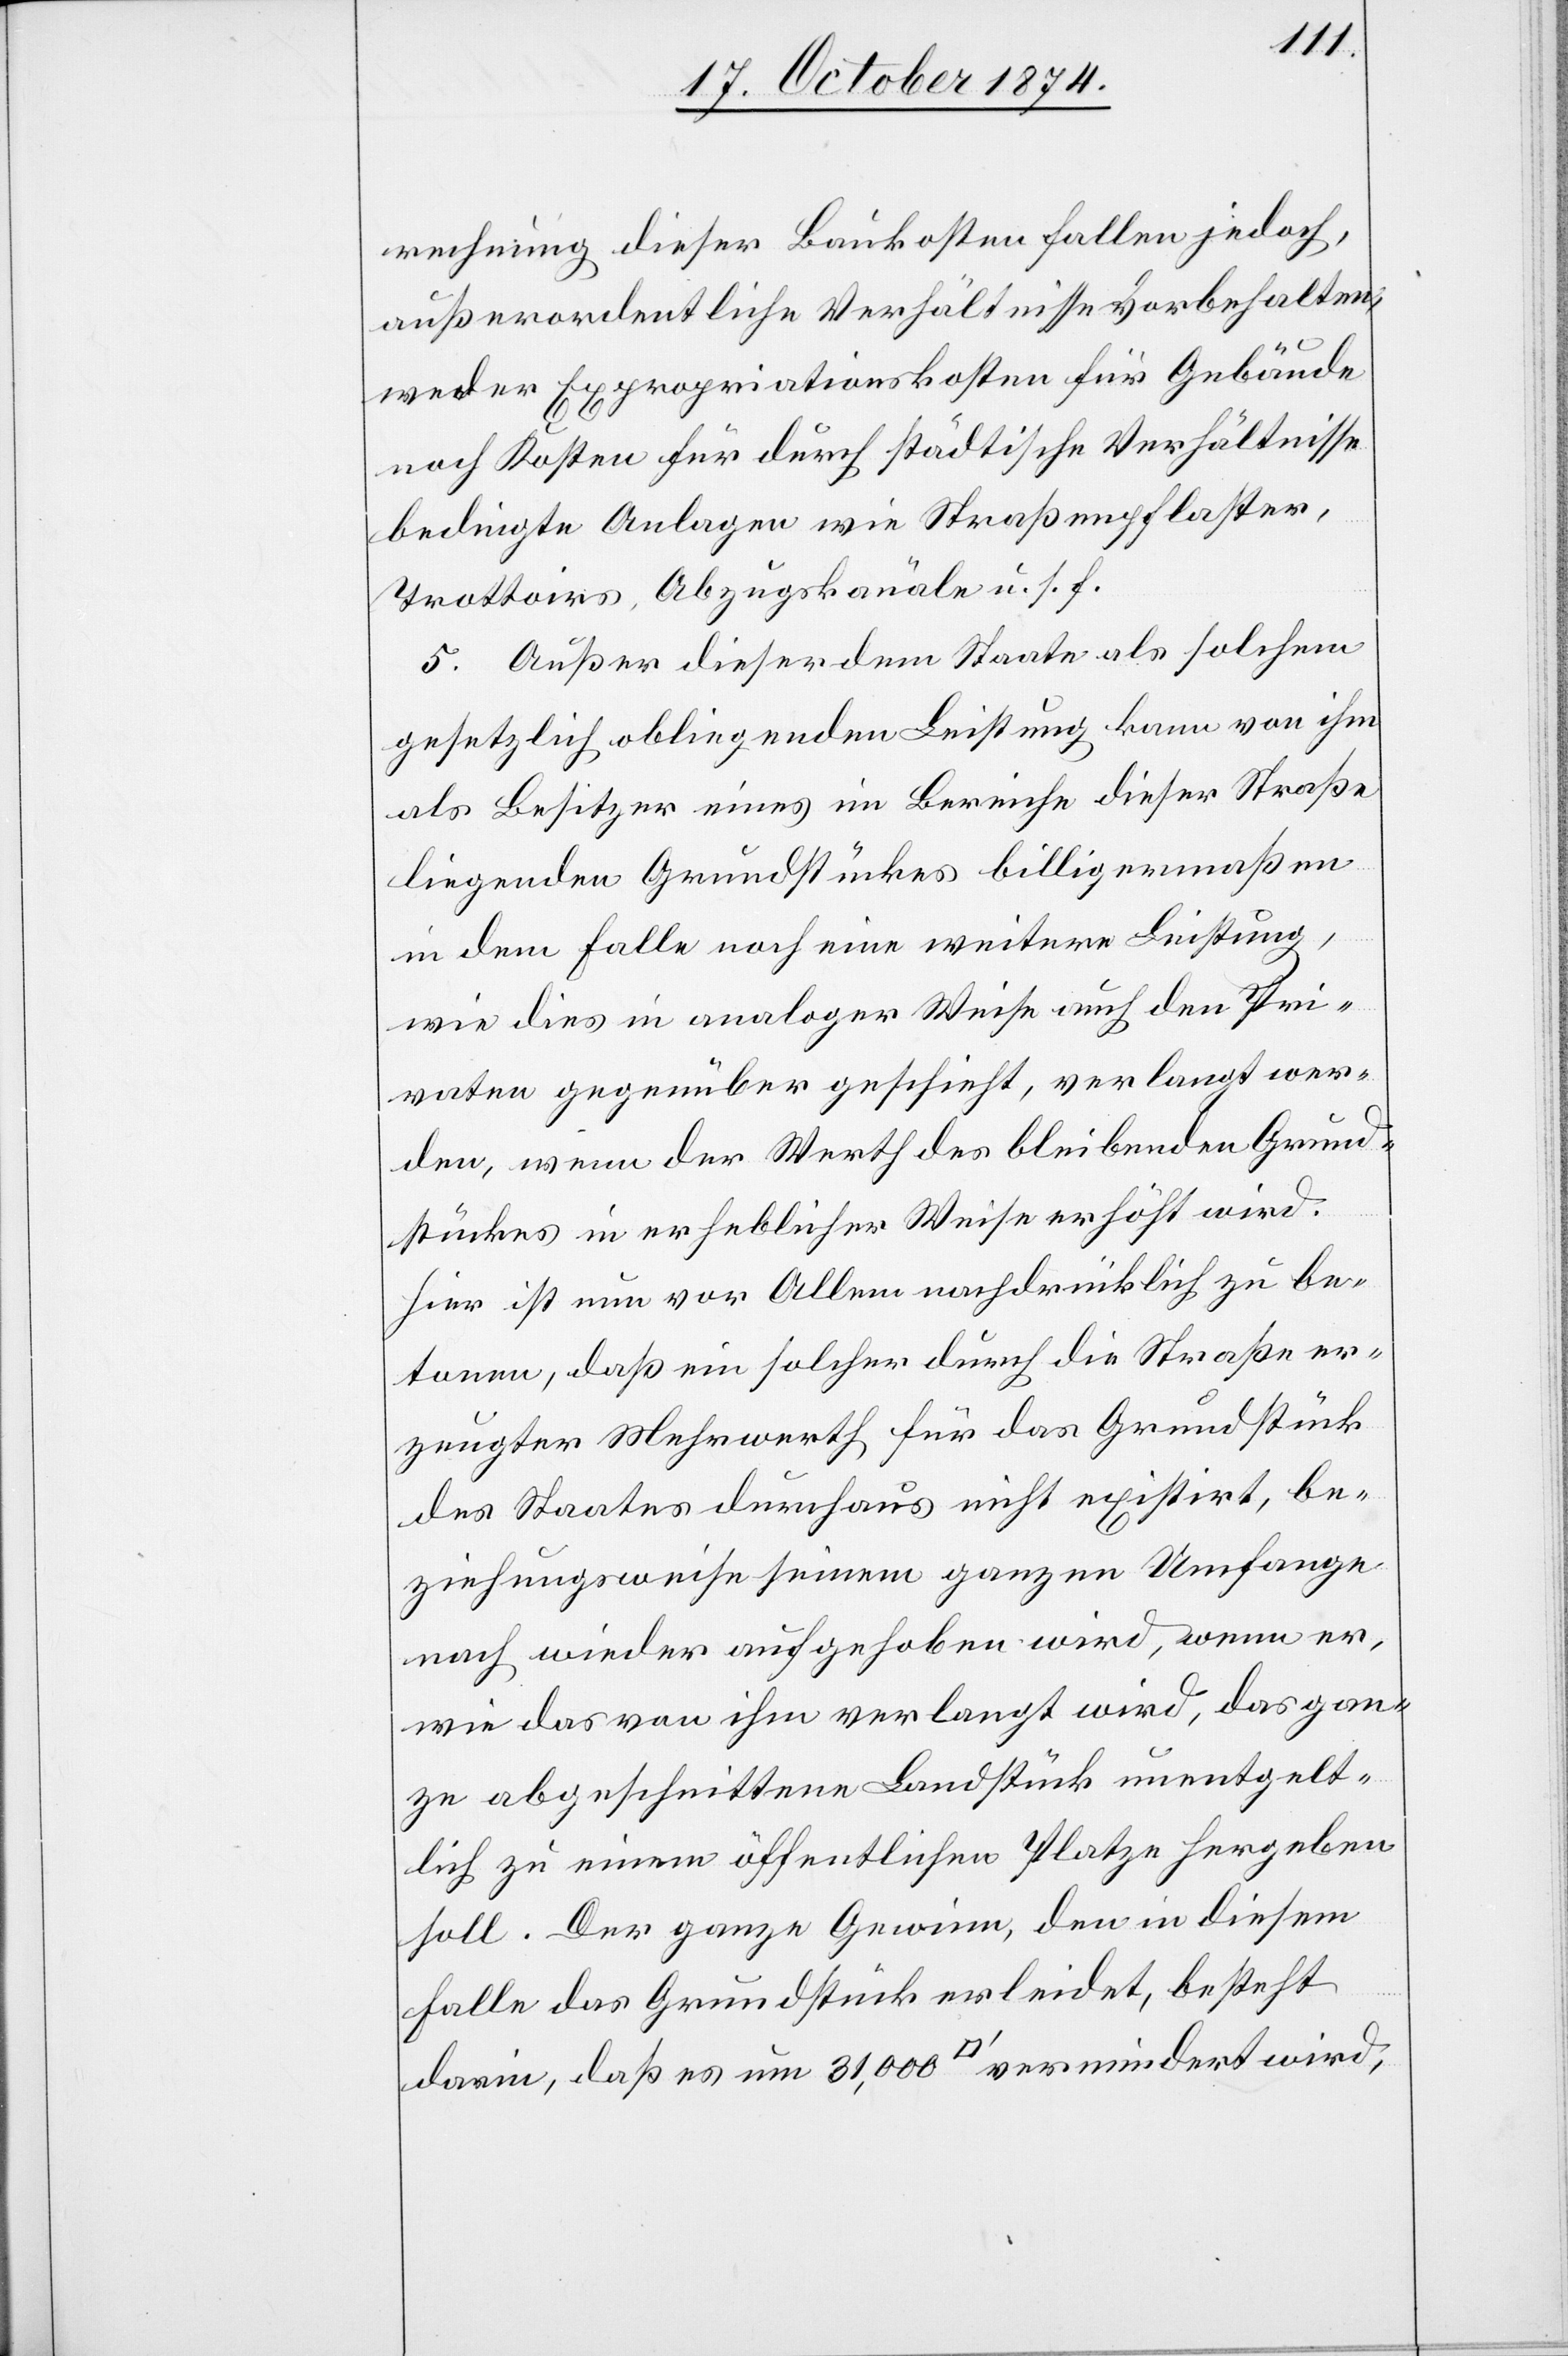
rechnung dieser Baukosten fallen jedoch,
außerordentliche Verhältnisse vorbehalten,
weder Expropriationskosten für Gebäude
noch Kosten für durch städtische Verhältnisse
bedingte Anlagen wie Straßenpflaster,
Trottoirs, Abzugskanäle u. s. f.
5. Außer dieser dem Staate als solchem
gesetzlich obliegenden Leistung kann es von ihm
als Besitzer eines im Bereiche dieser Straße
liegenden Grundstückes billigermaßen
in dem Falle noch eine weitere Leistung,
wie dies in analoger Weise auch den Pri¬
vaten gegenüber geschieht, verlangt wer¬
den, wenn der Werth des bleibenden Grund¬
stückes in erheblicher Weise erhöht wird.
Hier ist nun vor Allem nachdrücklich zu be¬
tonen, daß ein solcher durch die Straße er¬
zeugter Mehrwerth für das Grundstück
des Staates durchaus nicht existirt, be¬
ziehungsweise seinem ganzen Umfange
nach wieder aufgehoben wird, wenn er,
wie das von ihm verlangt wird, das gan¬
ze abgeschnittene Landstück unentgelt¬
lich zu einem öffentlichen Platze hergeben
soll. Der ganze Gewinn, den in diesem
Falle das Grundstück erleidet, besteht
darin, daß es um 31,000 [Quadratfuß] vermindert wird,